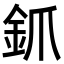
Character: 釽